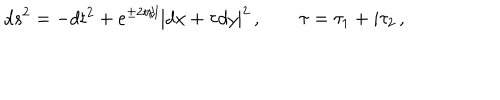
d s ^ { 2 } = - d t ^ { 2 } + e ^ { \pm 2 t / l } | d x + \tau d y | ^ { 2 } \, , \qquad \tau = \tau _ { 1 } + i \tau _ { 2 } \, ,